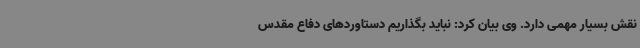
نقش بسیار مهمی دارد. وی بیان کرد: نباید بگذاریم دستاوردهای دفاع مقدس